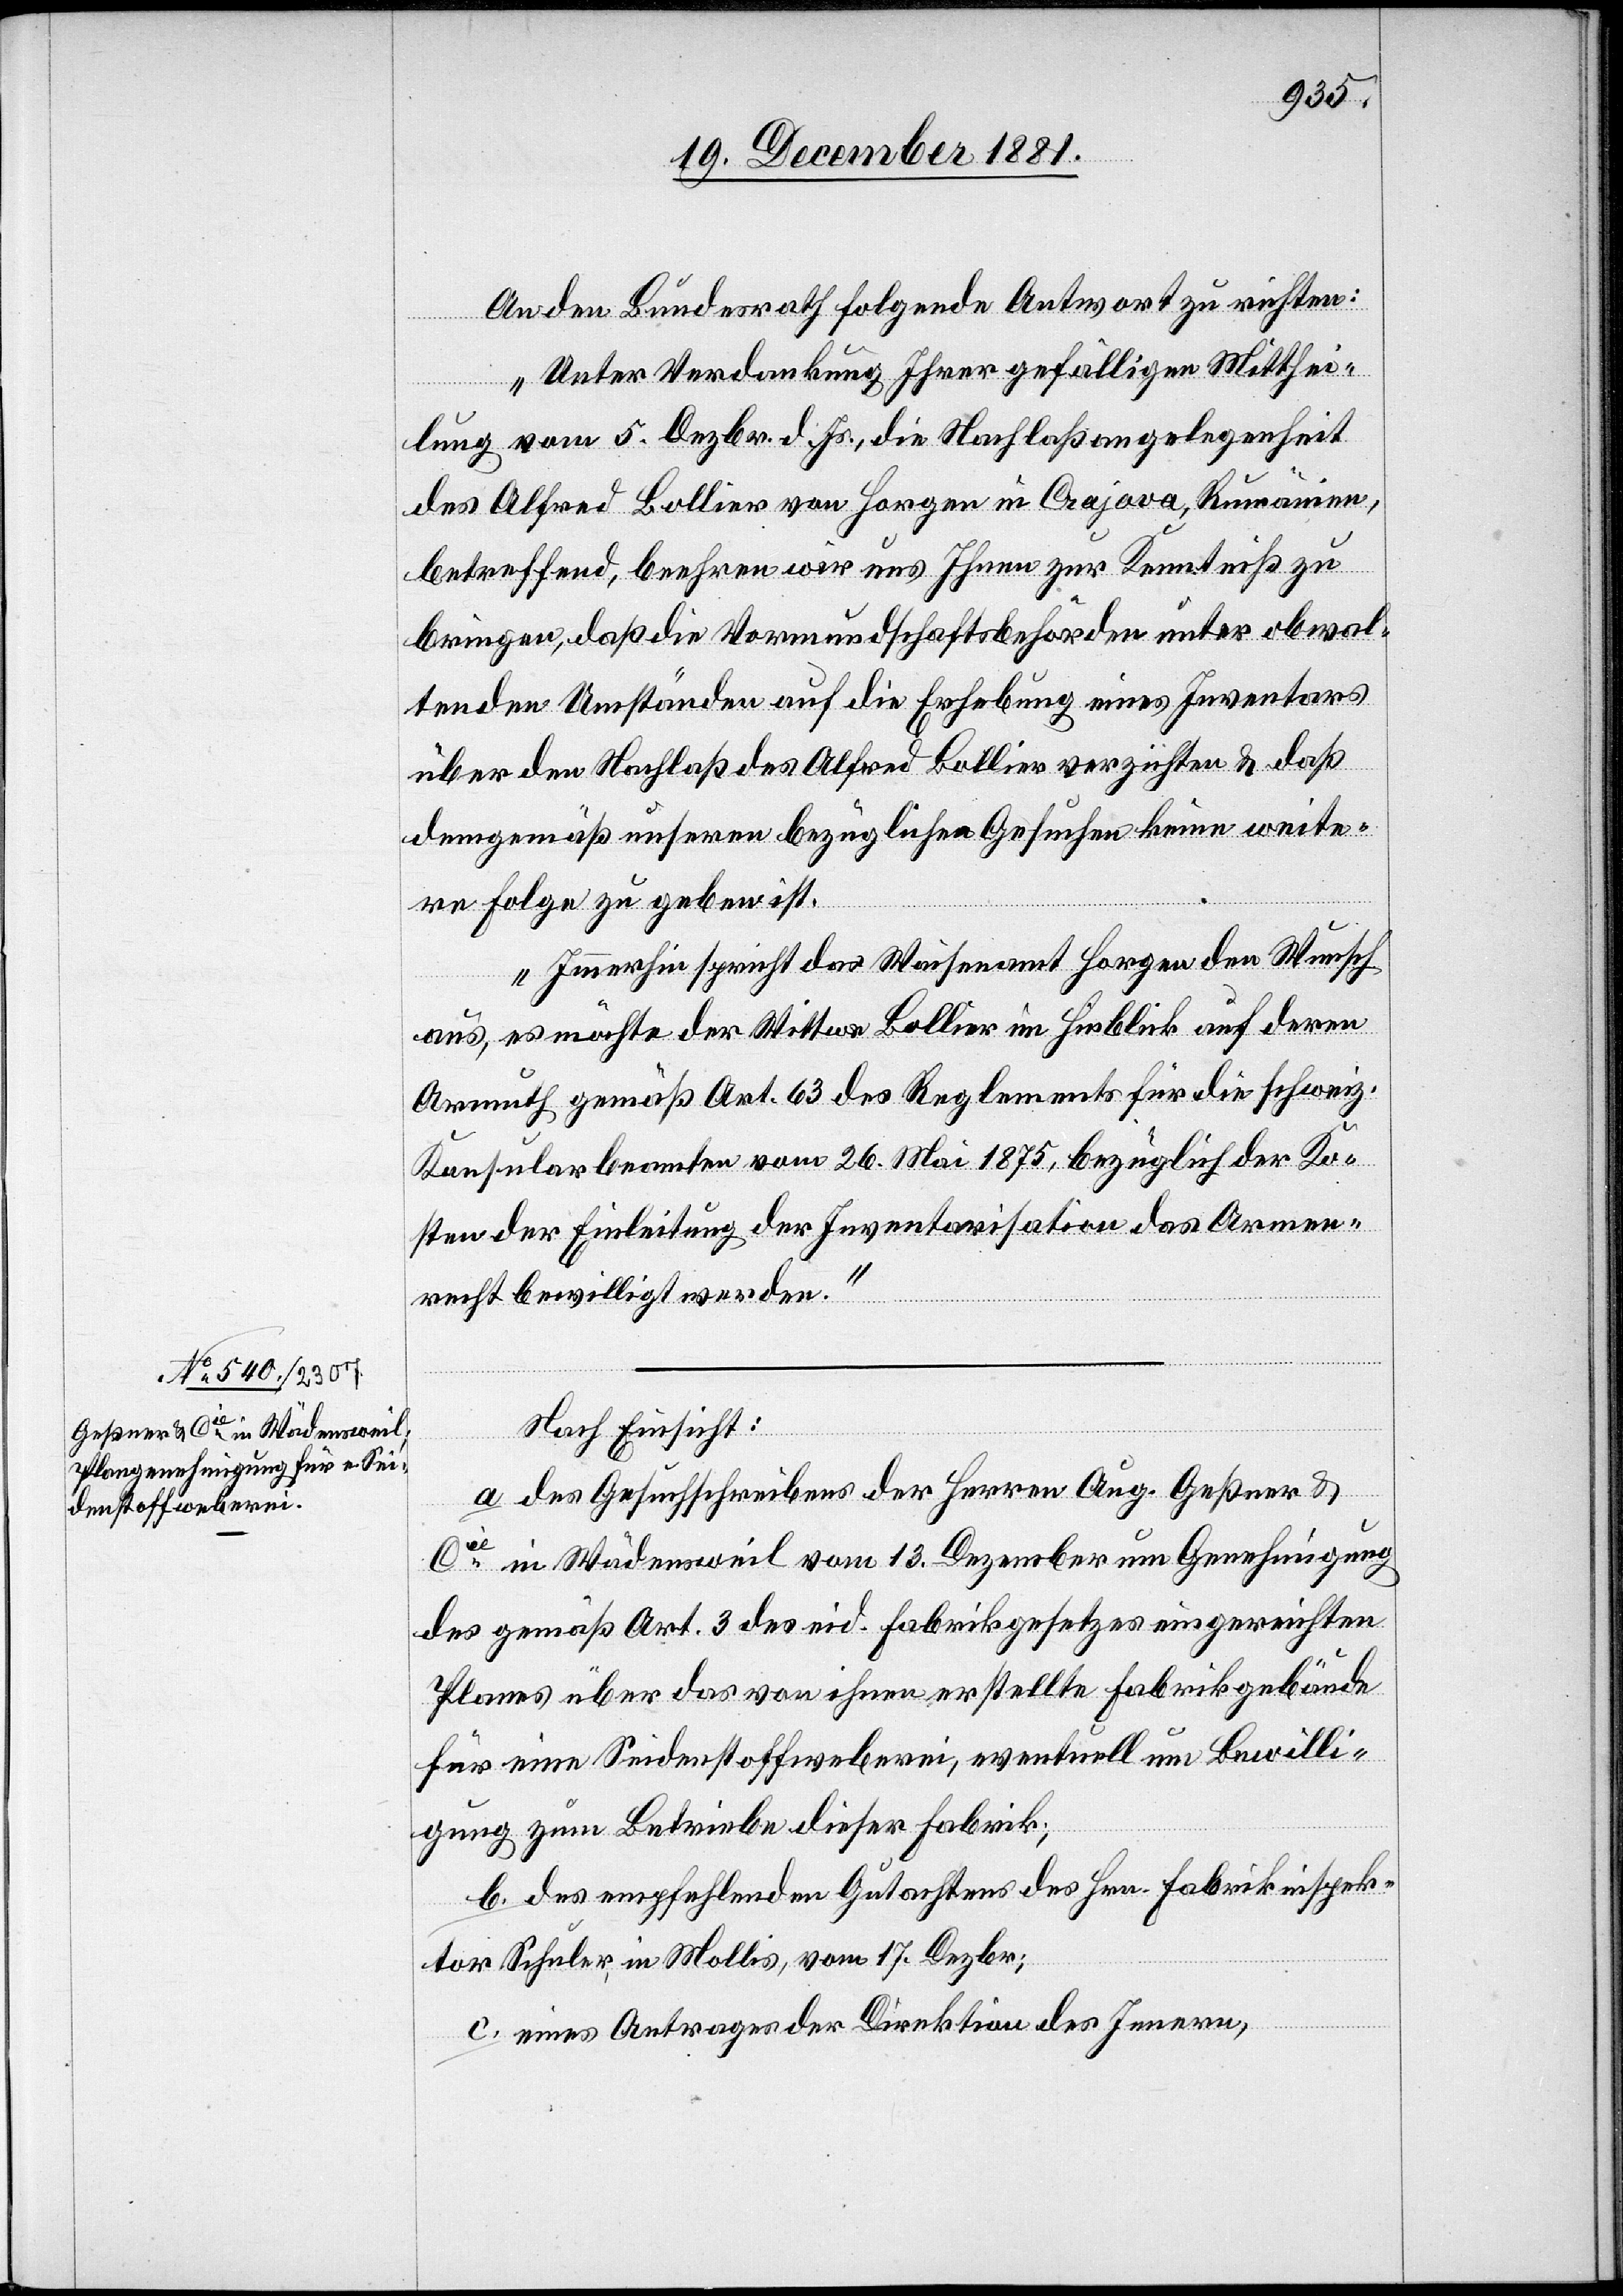
19. December 1881.]
An den Bundesrath folgende Antwort zu richten:
„Unter Verdankung Ihrer gefälligen Mitthei¬
lung vom 5. Dezbr. d. Js., die Nachlaßangelegenheit
des Alfred Bollier von Horgen in Crajova, Rumänien,
betreffend, beehren wir uns Ihnen zur Kenntniß zu
bringen, daß die Vormundschaftsbehörden unter obwal¬
tenden Umständen auf die Erhebung eines Inventars
über den Nachlaß des Alfred Bollier verzichten & daß
demgemäß unseren bezüglichen Gesuchen keine weite¬
re Folge zu geben ist.
Immerhin spricht das Waisenamt Horgen den Wunsch
aus, es möchte der Wittwe Bollier im Hinblick auf deren
Armuth, gemäß Art. 63 des Reglements für die schweiz.
Konsularbeamten vom 26. Mai 1875, bezüglich der Ko¬
sten der Einleitung der Inventarisation das Armen¬
recht bewilligt werden.“
Nach Einsicht:
a. des Gesuchschreibens der Herren Aug. Geßner &
des gemäß Art. 3 des eid. Fabrikgesetzes eingereichten
Planes über das von ihnen erstellte Fabrikgebäude
für eine Seidenstoffweberei, eventuell um Bewilli¬
gung zum Betriebe dieser Fabrik;
b. des empfehlenden Gutachtens des Hrn. Fabrikinspek¬
tor Schuler, in Mollis, vom 17. Dezbr;
c. eines Antrages der Direktion des Innern,